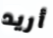
أريد